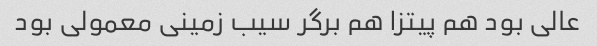
عالی بود هم پیتزا هم برگر سیب زمینی معمولی بود